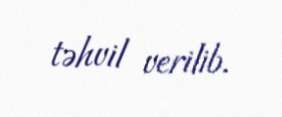
təhvil verilib.